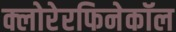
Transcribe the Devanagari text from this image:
क्लोरेरफिनेकॉल